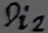
Text: Di2